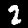
Label: 2